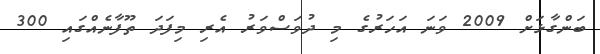
ބަންގާޅަށް 2009 ވަނަ އަހަރުގެ މި ދުވަސްވަރު އެރި މިފަދަ ތޫފާނެއްގައި 300